Vaccine operations Central Provinces 1868-1885 - 1868-1885
Year: 1868
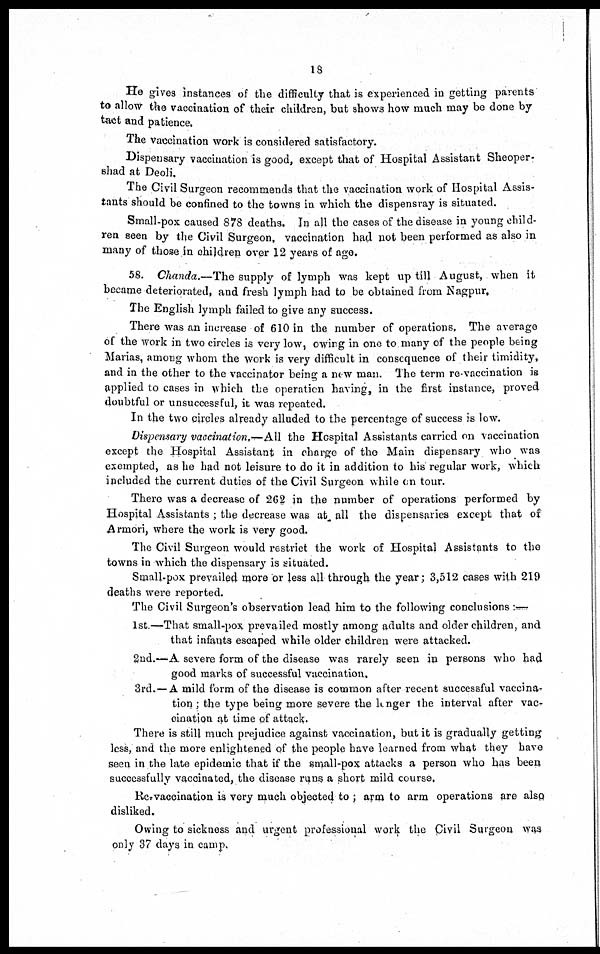
18
He gives instances of the difficulty that is experienced in getting parents
to allow the vaccination of their children, but shows how much may be done by
tact and patience.
The vaccination work is considered satisfactory.
Dispensary vaccination is good, except that of Hospital Assistant Sheoper-
shad at Deoli.
The Civil Surgeon recommends that the vaccination work of Hospital Assis-
tants should be confined to the towns in which the dispensray is situated.
Small-pox caused 878 deaths. In all the cases of the disease in young child-
ren seen by the Civil Surgeon, vaccination had not been performed as also in
many of those in children over 12 years of age.
58. Chanda.—The supply of lymph was kept up till August, when it
became deteriorated, and fresh lymph had to be obtained from Nagpur,
The English lymph failed to give any success.
There was an increase of 610 in the number of operations. The average
of the work in two circles is very low, owing in one to many of the people being
Marias, among whom the work is very difficult in consequence of their timidity,
and in the other to the vaccinator being a new man. The term re-vaccination is
applied to cases in which the operation having, in the first instance, proved
doubtful or unsuccessful, it was repeated.
In the two circles already alluded to the percentage of success is low.
Dispensary vaccination.—All the Hospital Assistants carried on vaccination
except the Hospital Assistant in charge of the Main dispensary who was
exempted, as he had not leisure to do it in addition to his' regular work, which
included the current duties of the Civil Surgeon while on tour.
There was a decrease of 262 in the number of operations performed by
Hospital Assistants ; the decrease was at all the dispensaries except that of
Armori, where the work is very good.
The Civil Surgeon would restrict the work of Hospital Assistants to the
towns in which the dispensary is situated.
Small-pox prevailed more or less all through the year; 3,512 cases with 219
deaths were reported.
The Civil Surgeon's observation lead him to the following conclusions :—
1st.—That small-pox prevailed mostly among adults and older children, and
that infants escaped while older children were attacked.
2nd.—A severe form of the disease was rarely seen in persons who had
good marks of successful vaccination.
3rd.—A mild form of the disease is common after recent successful vaccina-
tion; the type being more severe the longer the interval after vac-
cination at time of attack.
There is still much prejudice against vaccination, but it is gradually getting
less, and the more enlightened of the people have learned from what they have
seen in the late epidemic that if the small-pox attacks a person who has been
successfully vaccinated, the disease runs a short mild course.
Re-vaccination is very much objected to ; arm to arm operations are also
disliked.
Owing to sickness and urgent professional work the Civil Surgeon was
only 37 days in camp.